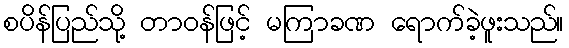
စပိန်ပြည်သို့ တာဝန်ဖြင့် မကြာခဏ ရောက်ခဲ့ဖူးသည်။